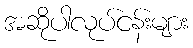
အဆိုပါလုပ်ငန်းများ